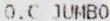
O.C JUMBO